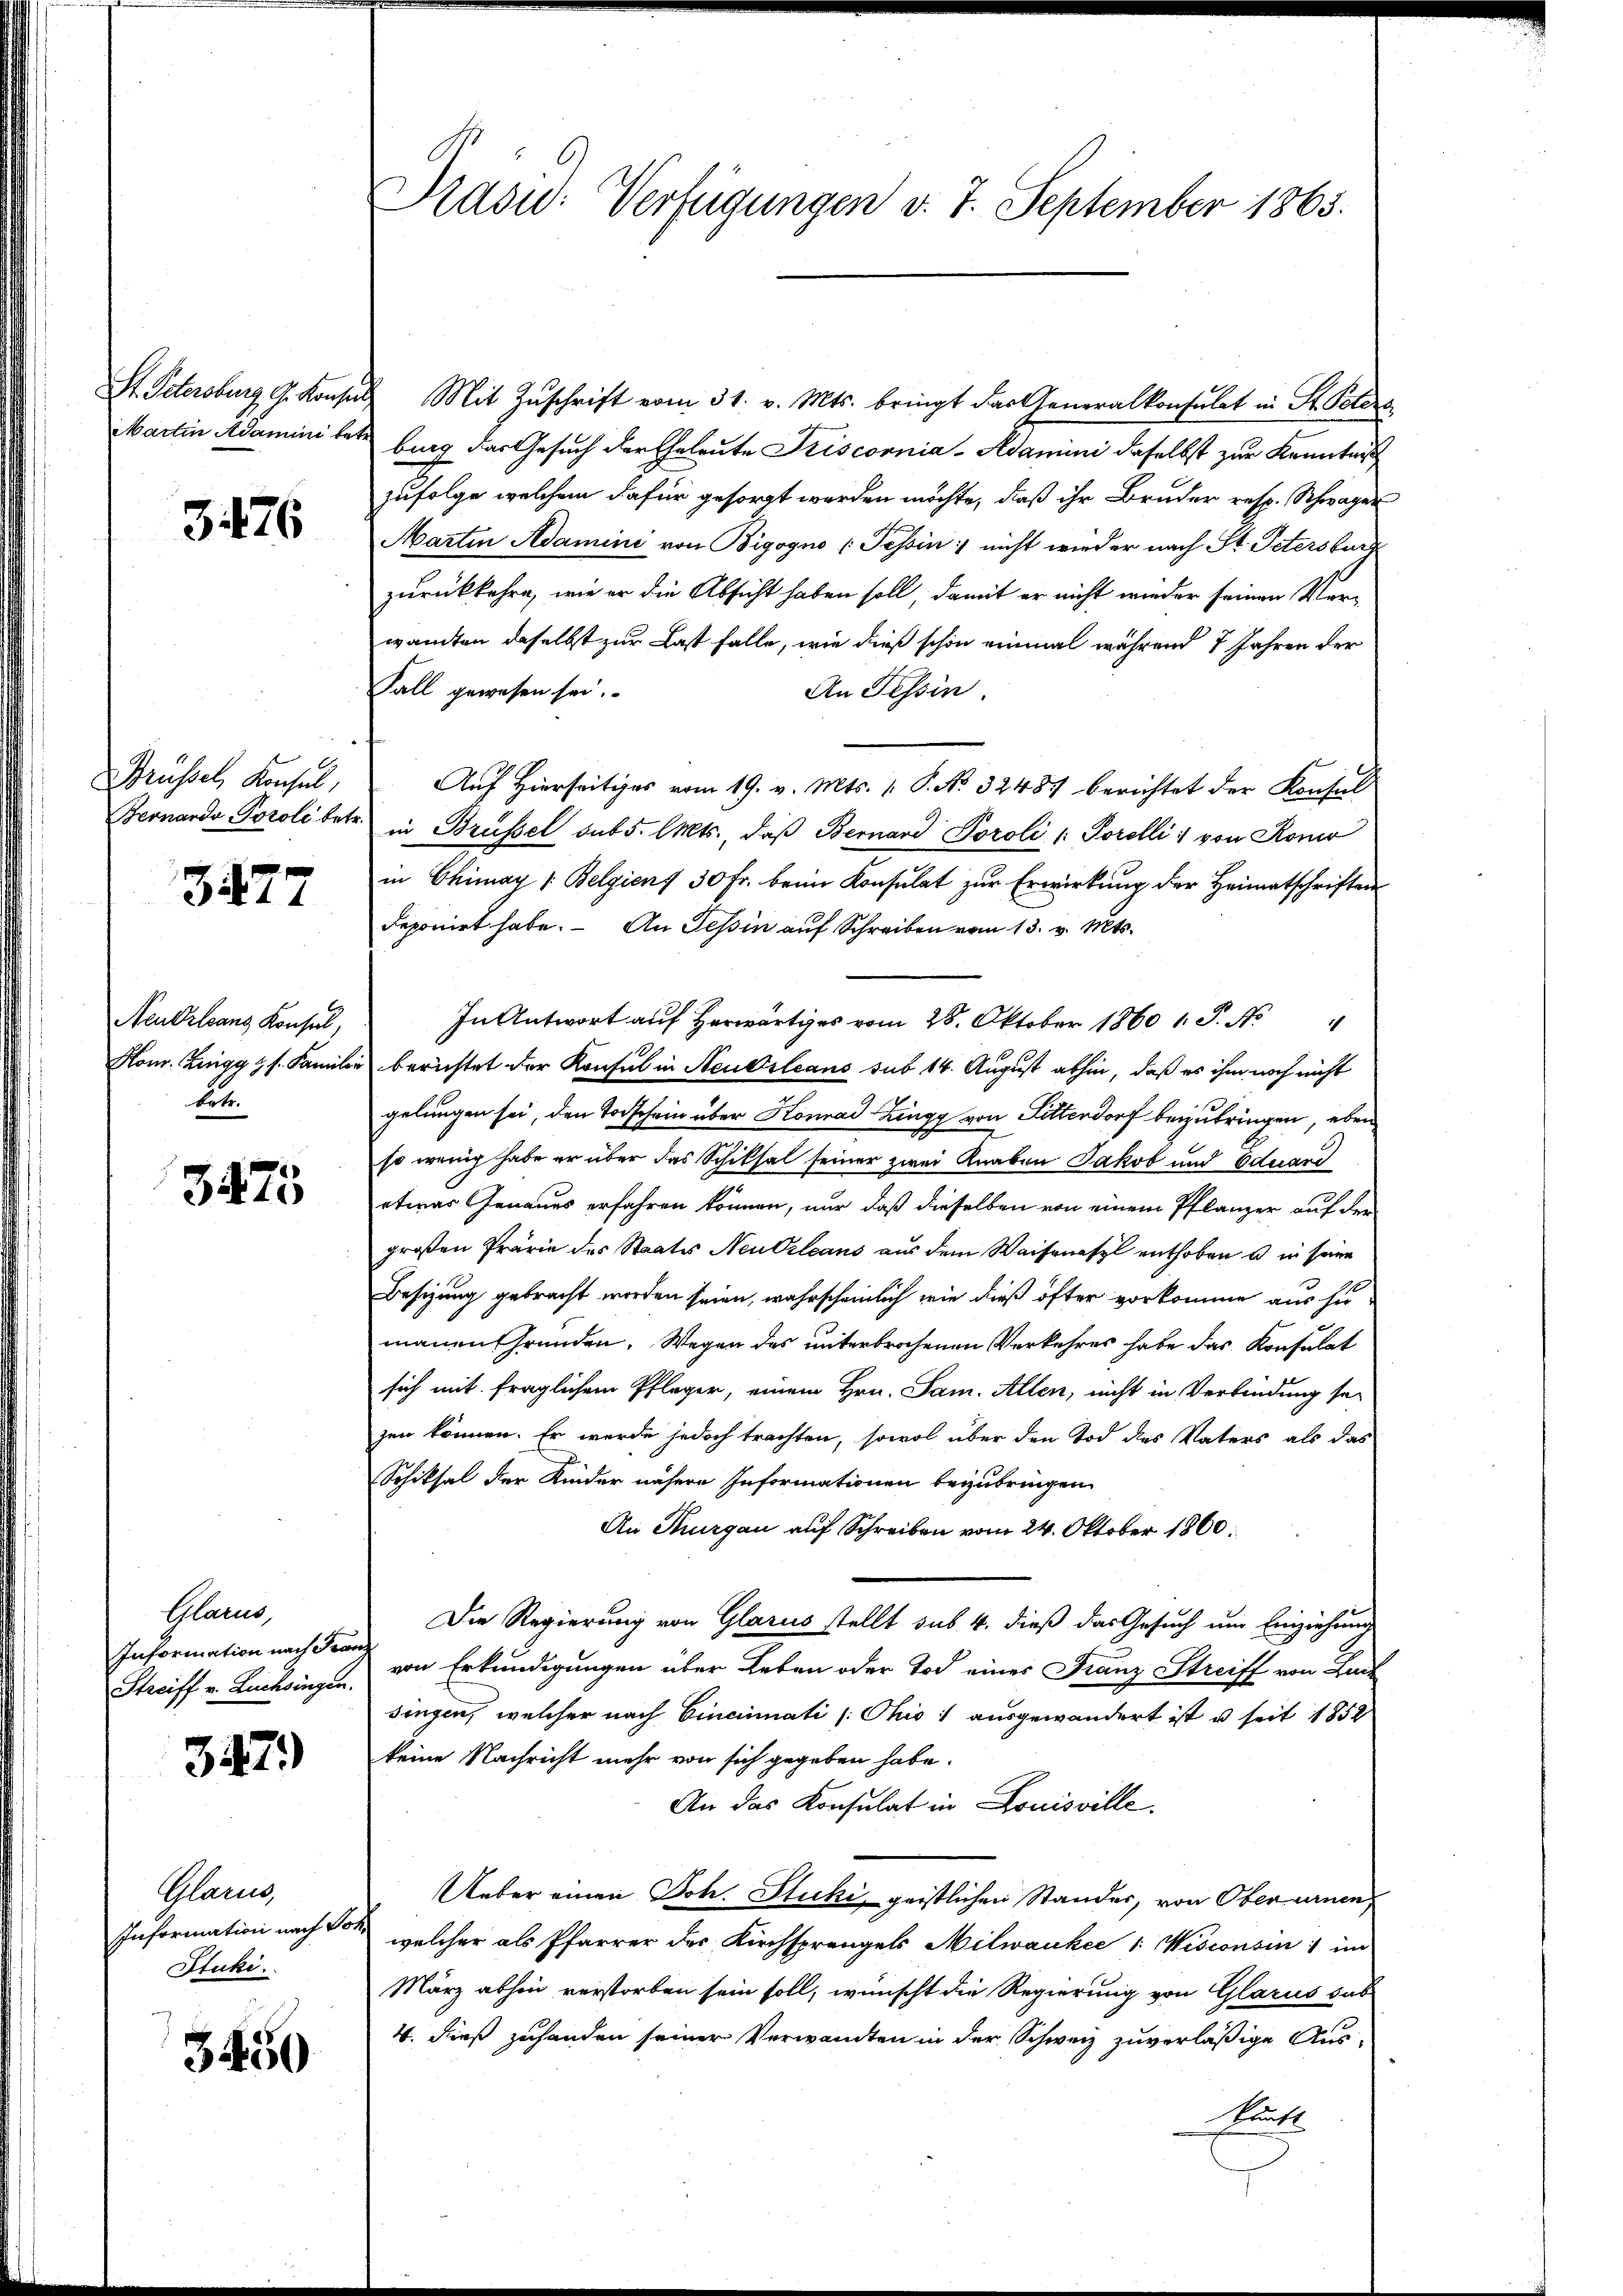
St. Petersburg, G. Konse
Martin Adamini tet.

3476

Brüssel, Konsul,
Beonardo Porole betr.

3477

Neu Orleans Konsul,
Honr. Zangg &. s. Famili
betr.

3475

Gland,
Information nach Fran¬
Streiff v. Luchwingen.

347)

Glarus,
Information nach S.
Stuki.

3450

Präsid. Verfügungen v. 7. September 1863.

Mit Zŭschrift vom 31. v. Mts. bringt das Generalkonsulat in St. Osters
burg das Gesuch der Eheleute Friscornia- Adamini daselbst zur Kenntnis
zufolge welchem dafür gesorgt werden möchte, daß ihr Bruder resp. Schwager
Martin Adamini von Bigogno (Tessin: nicht wieder nach St. Petersburg
zurückkehre, wie er die Absicht haben soll, damit er nicht wieder seinen Ver-
wanten daselbst zur Last falle, wie dieß schon einmal während 7 Jahren der
Fall gewesen sei.
An Tessin.
Auf Hierseitiges vom 19. v. Mts. 1. P. No 32487 berichtet der Konsul
in Brüssel sub 5. Mts., daß Bernand Poroli (: Porelli von Ronir
in Chimay 1. Belgiens 30 Fr. beim Konsulat zur Erwirkung der Heimatschriften
deponirt habe. An Tessin aŭf Schreiben vom 13. v. Mts.
In Antwort auf Herwärtiges vom 28. Oktober 1860 1. P. N
berichtet der Konsul in Neubileans sub 14. August abhin, daß es ihm noch nicht
gelungen sei, den Todschein über Konrad Zingg von Sitterdorf beizubringen, eben
so wenig habe er über das Schiksal seiner zwei Knaben Jakob und Eduard
etwas Genaues erfahren können, nur daß dieselben von einem Pflanzer auf der
großen Prämie des Staats Neukzleans aus dem Waisenasyl enthoben u in seine
Besizung gebracht worden seien, wahrscheinlich wie dieß öfter vorkomme aus zu
manen Gründen, Wegen des unterbrochenen Verkehres habe das Konsulat
sich mit fraglichem Pfleger, einem Hrn. Sam. Allen, nicht in Verbindung sei
zen können. Er werde jedoch trachten, sowol über den Tod des Vaters als das
Schicksal der Kinder nähere Informationen beizubringen
An Thurgau auf Schreiben vom 24. Oktober 1800.
Die Regierung von Glarus stellt sub. 4. dieß das Gesuch um Einziehung
von Erkundigungen über Leben oder Tod eines Franz Streiff von Lack
singen, welcher nach Eincinati (Chis: ausgewandert ist u. seit 1852
keine Nachricht mehr von sich gegeben habe.
An das Konsulat in Louisville.
Ueber einen Joh. Stucki, geistlichen Standes, von Oberurnen
welcher als Pfarrer der Kirchsprangels Milwaukee 1: Wisionsin) im
März abhin verstorben sein soll, wünscht die Regierung von Glarus sas
4. dieß zuhanden seiner Verwandten in der Schweiz zuverlässige Aus¬
Punkt